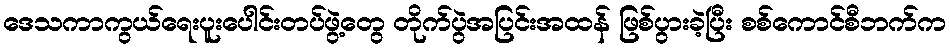
ဒေသကာကွယ်ရေးပူးပေါင်းတပ်ဖွဲ့တွေ တိုက်ပွဲအပြင်းအထန် ဖြစ်ပွားခဲ့ပြီး စစ်ကောင်စီဘက်က